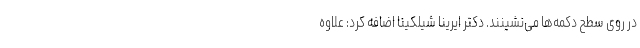
در روی سطح دکمه‌ها می‌نشینند. دکتر ایرینا شیلکینا اضافه کرد: علاوه